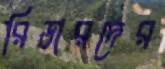
রিডারদের